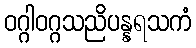
ဝဂ္ဂါဝဂ္ဂသညိပန္နရသကံ